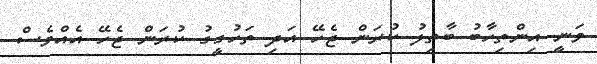
ވަނީ އިންތިހާބު ބާތިލު ކުރަން ޖެހޭ އަދި ތަހުގީގު ކުރަން ޖެހޭ އެއްވެސް